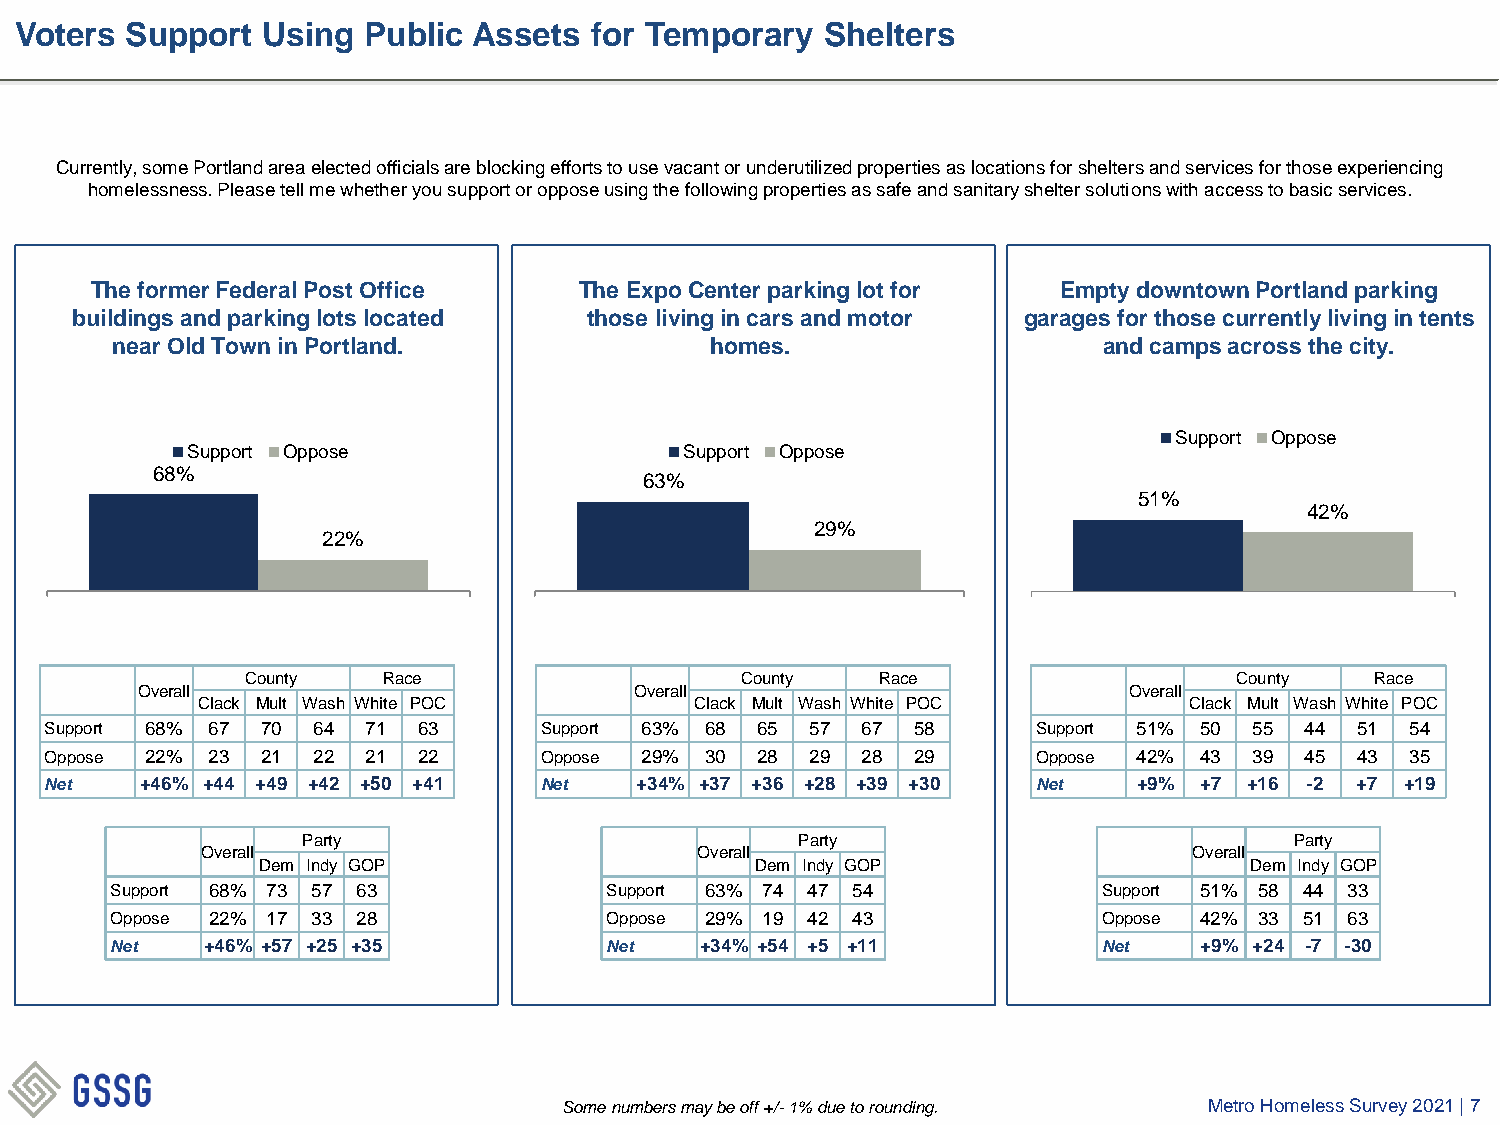
Voters Support  Using  Public Assets  for Temporary   Shelters
 Currently, some Portland area elected officials are blocking efforts to use vacant or underutilized properties as locations for shelters and services for those experiencing
 homelessness. Please tell me whether you support or oppose using the following properties as safe and sanitary shelter solutionswith access to basic services.
 The former Federal Post Office  The Expo Center parking lot for Empty downtown Portland parking
 buildings and parking lots located those living in cars and motor garages for those currently living in tents
 near Old Town in Portland.              homes.                    and camps across the city.
 Support Oppose
 Support Oppose                   Support Oppose
 68%
 63%
 51%
 42%
 29%
 22%
 County   Race                    County   Race                    County   Race
 Overall                          Overall                          Overall
 Clack Mult Wash White POC        Clack Mult Wash White POC        Clack Mult Wash White POC
 Support 68% 67 70 64 71  63      Support 63% 68 65 57 67  58      Support 51% 50 55 44 51 54
 Oppose 22% 23 21  22 21  22      Oppose 29% 30 28  29 28  29      Oppose 42% 43 39 45  43 35
 Net   +46% +44 +49 +42 +50 +41   Net   +34% +37 +36 +28 +39 +30   Net   +9% +7  +16 -2 +7 +19
 Party                            Party                            Party
 Overall                          Overall                          Overall
 Dem Indy GOP                     Dem Indy GOP                     Dem Indy GOP
 Support 68% 73 57 63             Support 63% 74 47 54             Support 51% 58 44 33
 Oppose 22% 17 33 28              Oppose 29% 19 42 43              Oppose 42% 33 51 63
 Net   +46% +57 +25 +35           Net   +34% +54 +5 +11            Net   +9% +24 -7 -30
 Some numbers may be off +/-1% due to rounding. Metro Homeless Survey 2021 | 7